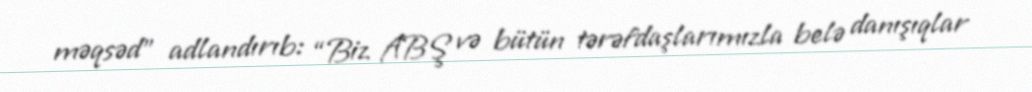
məqsəd” adlandırıb: “Biz ABŞ və bütün tərəfdaşlarımızla belə danışıqlar